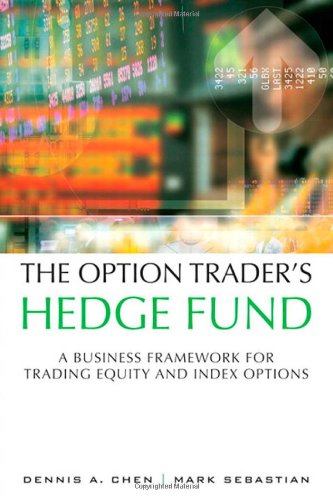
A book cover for The Option Trader's Hedge Fund: A Business Framework for Trading Equity and Index Options; Dennis A. Chen; Business & Money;